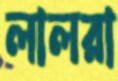
লালরা